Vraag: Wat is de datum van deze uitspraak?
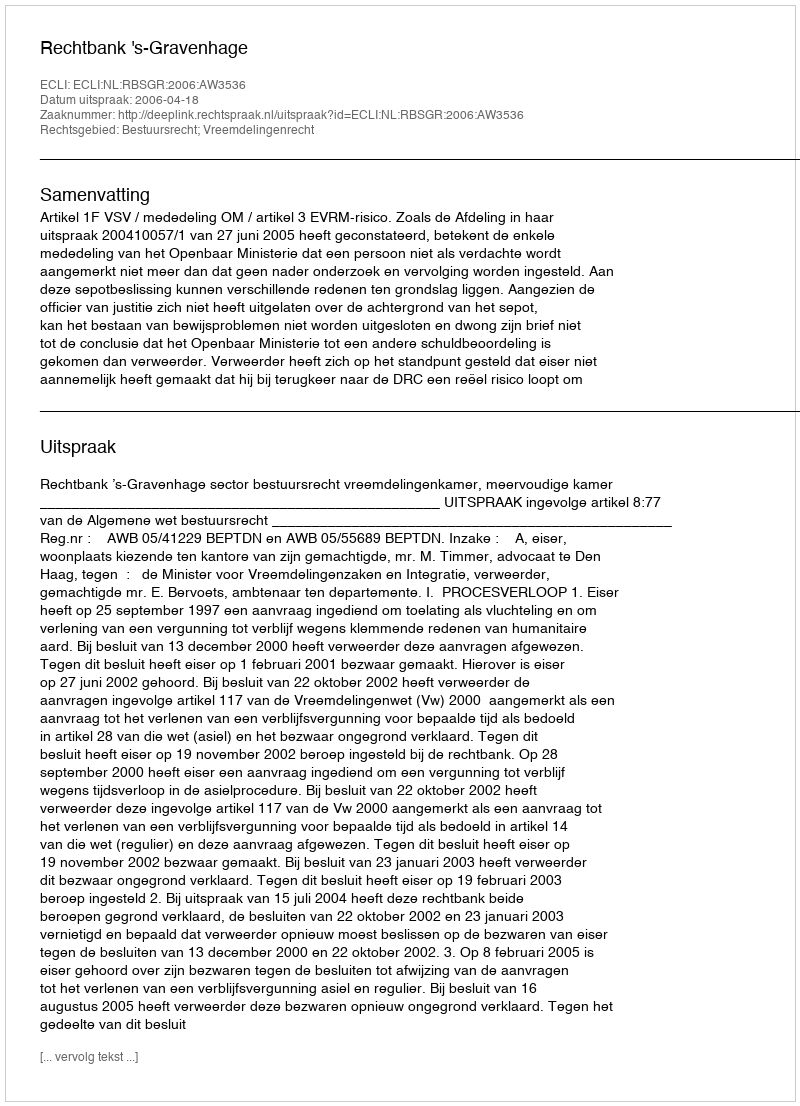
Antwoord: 2006-04-18